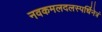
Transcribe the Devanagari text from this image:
नवकमलदलस्पर्धिनेत्रं